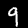
Digit: 9